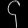
Digit: ၄